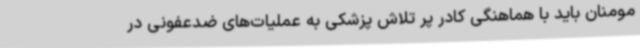
مومنان باید با هماهنگی کادر پر تلاش پزشکی به عملیات‌های ضدعفونی‌ در